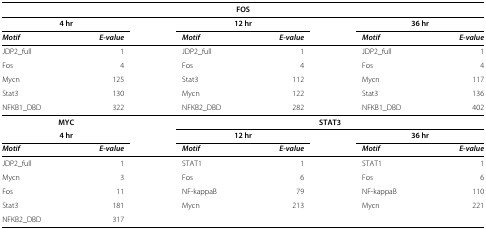
<table><thead><tr><td colspan="6"><b>FOS</b></td></tr></thead><tbody><tr><td><b>4 hr</b></td><td></td><td><b>12 hr</b></td><td></td><td><b>36 hr</b></td><td></td></tr><tr><td><b><i>Motif</i></b></td><td><b><i>E-value</i></b></td><td><b><i>Motif</i></b></td><td><b><i>E-value</i></b></td><td><b><i>Motif</i></b></td><td><b><i>E-value</i></b></td></tr><tr><td>JDP2_full</td><td>1</td><td>JDP2_full</td><td>1</td><td>JDP2_full</td><td>1</td></tr><tr><td>Fos</td><td>4</td><td>Fos</td><td>4</td><td>Fos</td><td>4</td></tr><tr><td>Mycn</td><td>125</td><td>Stat3</td><td>112</td><td>Mycn</td><td>117</td></tr><tr><td>Stat3</td><td>130</td><td>Mycn</td><td>122</td><td>Stat3</td><td>136</td></tr><tr><td>NFKB1_DBD</td><td>322</td><td>NFKB2_DBD</td><td>282</td><td>NFKB1_DBD</td><td>402</td></tr><tr><td><b>MYC</b></td><td></td><td colspan="4"><b>STAT3</b></td></tr><tr><td><b>4 hr</b></td><td></td><td><b>12 hr</b></td><td></td><td><b>36 hr</b></td><td></td></tr><tr><td><b><i>Motif</i></b></td><td><b><i>E-value</i></b></td><td><b><i>Motif</i></b></td><td><b><i>E-value</i></b></td><td><b><i>Motif</i></b></td><td><b><i>E-value</i></b></td></tr><tr><td>JDP2_full</td><td>1</td><td>STAT1</td><td>1</td><td>STAT1</td><td>1</td></tr><tr><td>Mycn</td><td>3</td><td>Fos</td><td>6</td><td>Fos</td><td>6</td></tr><tr><td>Fos</td><td>11</td><td>NF-kappaB</td><td>79</td><td>NF-kappaB</td><td>110</td></tr><tr><td>Stat3</td><td>181</td><td>Mycn</td><td>213</td><td>Mycn</td><td>221</td></tr><tr><td>NFKB2_DBD</td><td>317</td><td></td><td></td><td></td><td></td></tr></tbody></table>